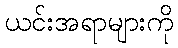
ယင်းအရာများကို